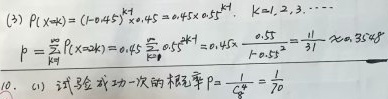
(3) \(P(X = k)=(-0.45)^{k - 1}\times0.45 = 0.45\times0.55^{k - 1}\)，\(k = 1,2,3,\cdots\)

\(p=\sum_{k = 1}^{\infty}P(X = 2k)=0.45\sum_{k = 1}^{\infty}0.55^{2k - 1}=0.45\times\frac{0.55}{1 - 0.55^{2}}=\frac{11}{31}\approx 0.355\)

(0). (1) 试验成功一次的概率\(p=\frac{1}{C_{8}^{3}}=\frac{1}{70}\)